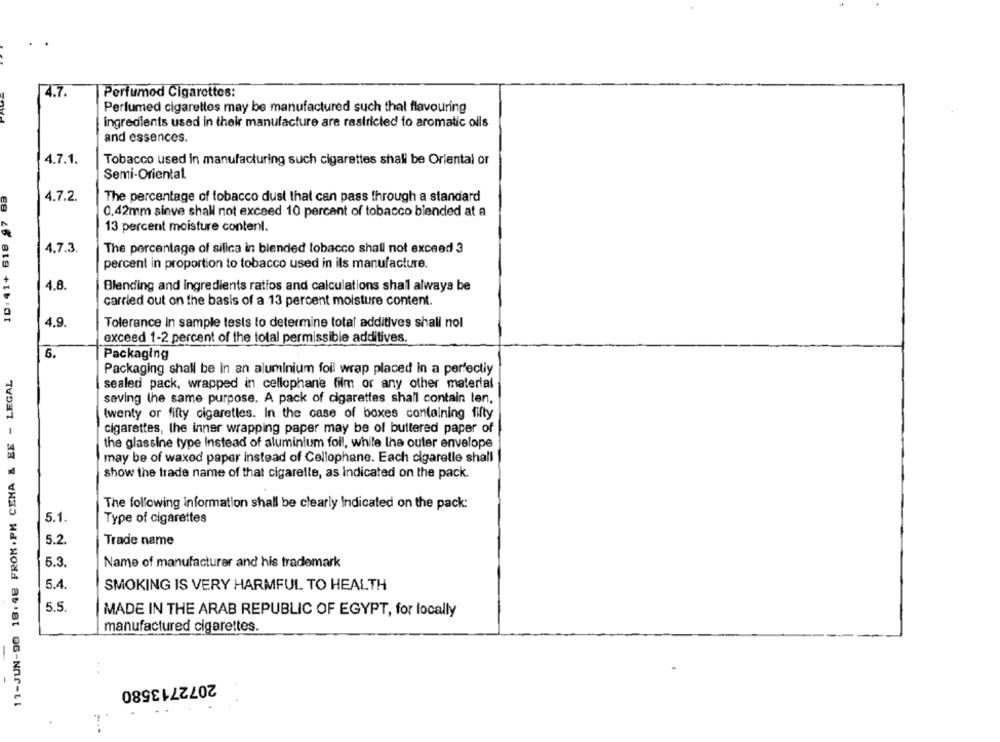
PAU
Perfumod Cigarettes:
Perfumed cigarettes may be manufactured such that flavouring
ingredients used in their manufacture are restricted to aromatic oils
and essences.
4.7.1.
Tobacco used In manufacturing such cigarettes shall be Oriental or
Semi-Oriental.
ID: 41+ 618 87 63
4.7.2.
The percentage of tobacco dust that can pass through a standard
0.42mm sieve shall not exceed 10 percent of tobacco blended at a
13 percent moisture content.
4.7.3
The percentage of silica in blended lobacco shall not exceed 3
percent in proportion to tobacco used in ils manufacture.
4.8.
Blending and ingredients ratios and calculations shall always be
carried out on the basis of a 13 percent moisture content.
4.9
Tolerance In sample tests to determine total additives shall nol
exceed 1-2 percent of the total permissible additives.
6.
Packaging
11-JUN-98 18:48 FROM . PM CENA & EE - LEGAL
Packaging shall be in an aluminium foil wrap placed in a perfectly
sealed pack, wrapped in cellophane film or any other material
saving the same purpose. A pack of cigarettes shall contain ten,
Iwenty or fifty cigaretles. In the case of boxes containing fifty
cigarettes, the inner wrapping paper may be of buttered paper of
the glassine type Instead of aluminium foil, while the outer envelope
may be of waxed paper instead of Cellophane. Each cigaretle shall
show the trade name of that cigarelle, as Indicated on the pack.
The following information shall be clearly Indicated on the pack:
5.1
Type of cigarettes
5.2.
Trade name
5.3.
Name of manufacturer and his trademark
5.4
SMOKING IS VERY HARMFUL TO HEALTH
5.5.
MADE IN THE ARAB REPUBLIC OF EGYPT, for locally
manufactured cigarettes.
2072713580